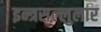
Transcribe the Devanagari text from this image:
इन्त्रसल्लुलार